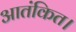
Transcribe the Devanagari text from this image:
आतंकित।